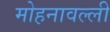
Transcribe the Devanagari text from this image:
मोहनावल्ली